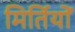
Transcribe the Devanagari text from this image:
मिर्तियों